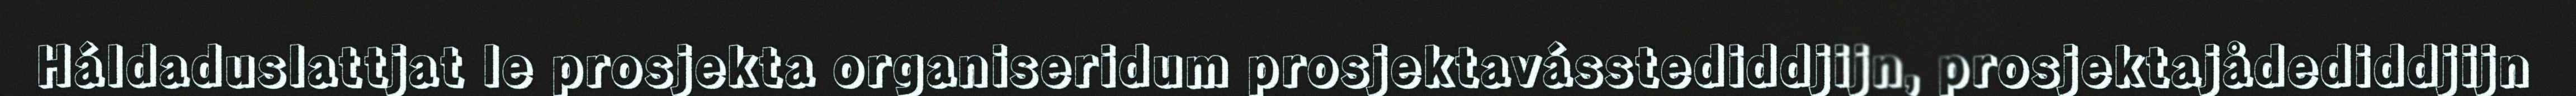
Háldaduslattjat le prosjekta organiseridum prosjektavásstediddjijn, prosjektajådediddjijn